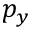
p _ { y }